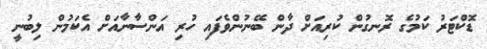
ޑޮކްޓަރު ކަމުގެ ރޮނގުން ކުރިއަށް ދާން ބޭނުންވެފައި ހުރި އަންސާނާއަށް އެކަމުން ލިބުނީ